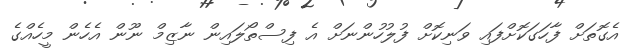
އެގޮތަށް ފާހަގަކޮށްފައި ވަނިކޮށް ފުލުހުންނަށް އެ ފިސްތޯލައިން ނާޒިމް ނޫން އެހެން މީހެއްގެ